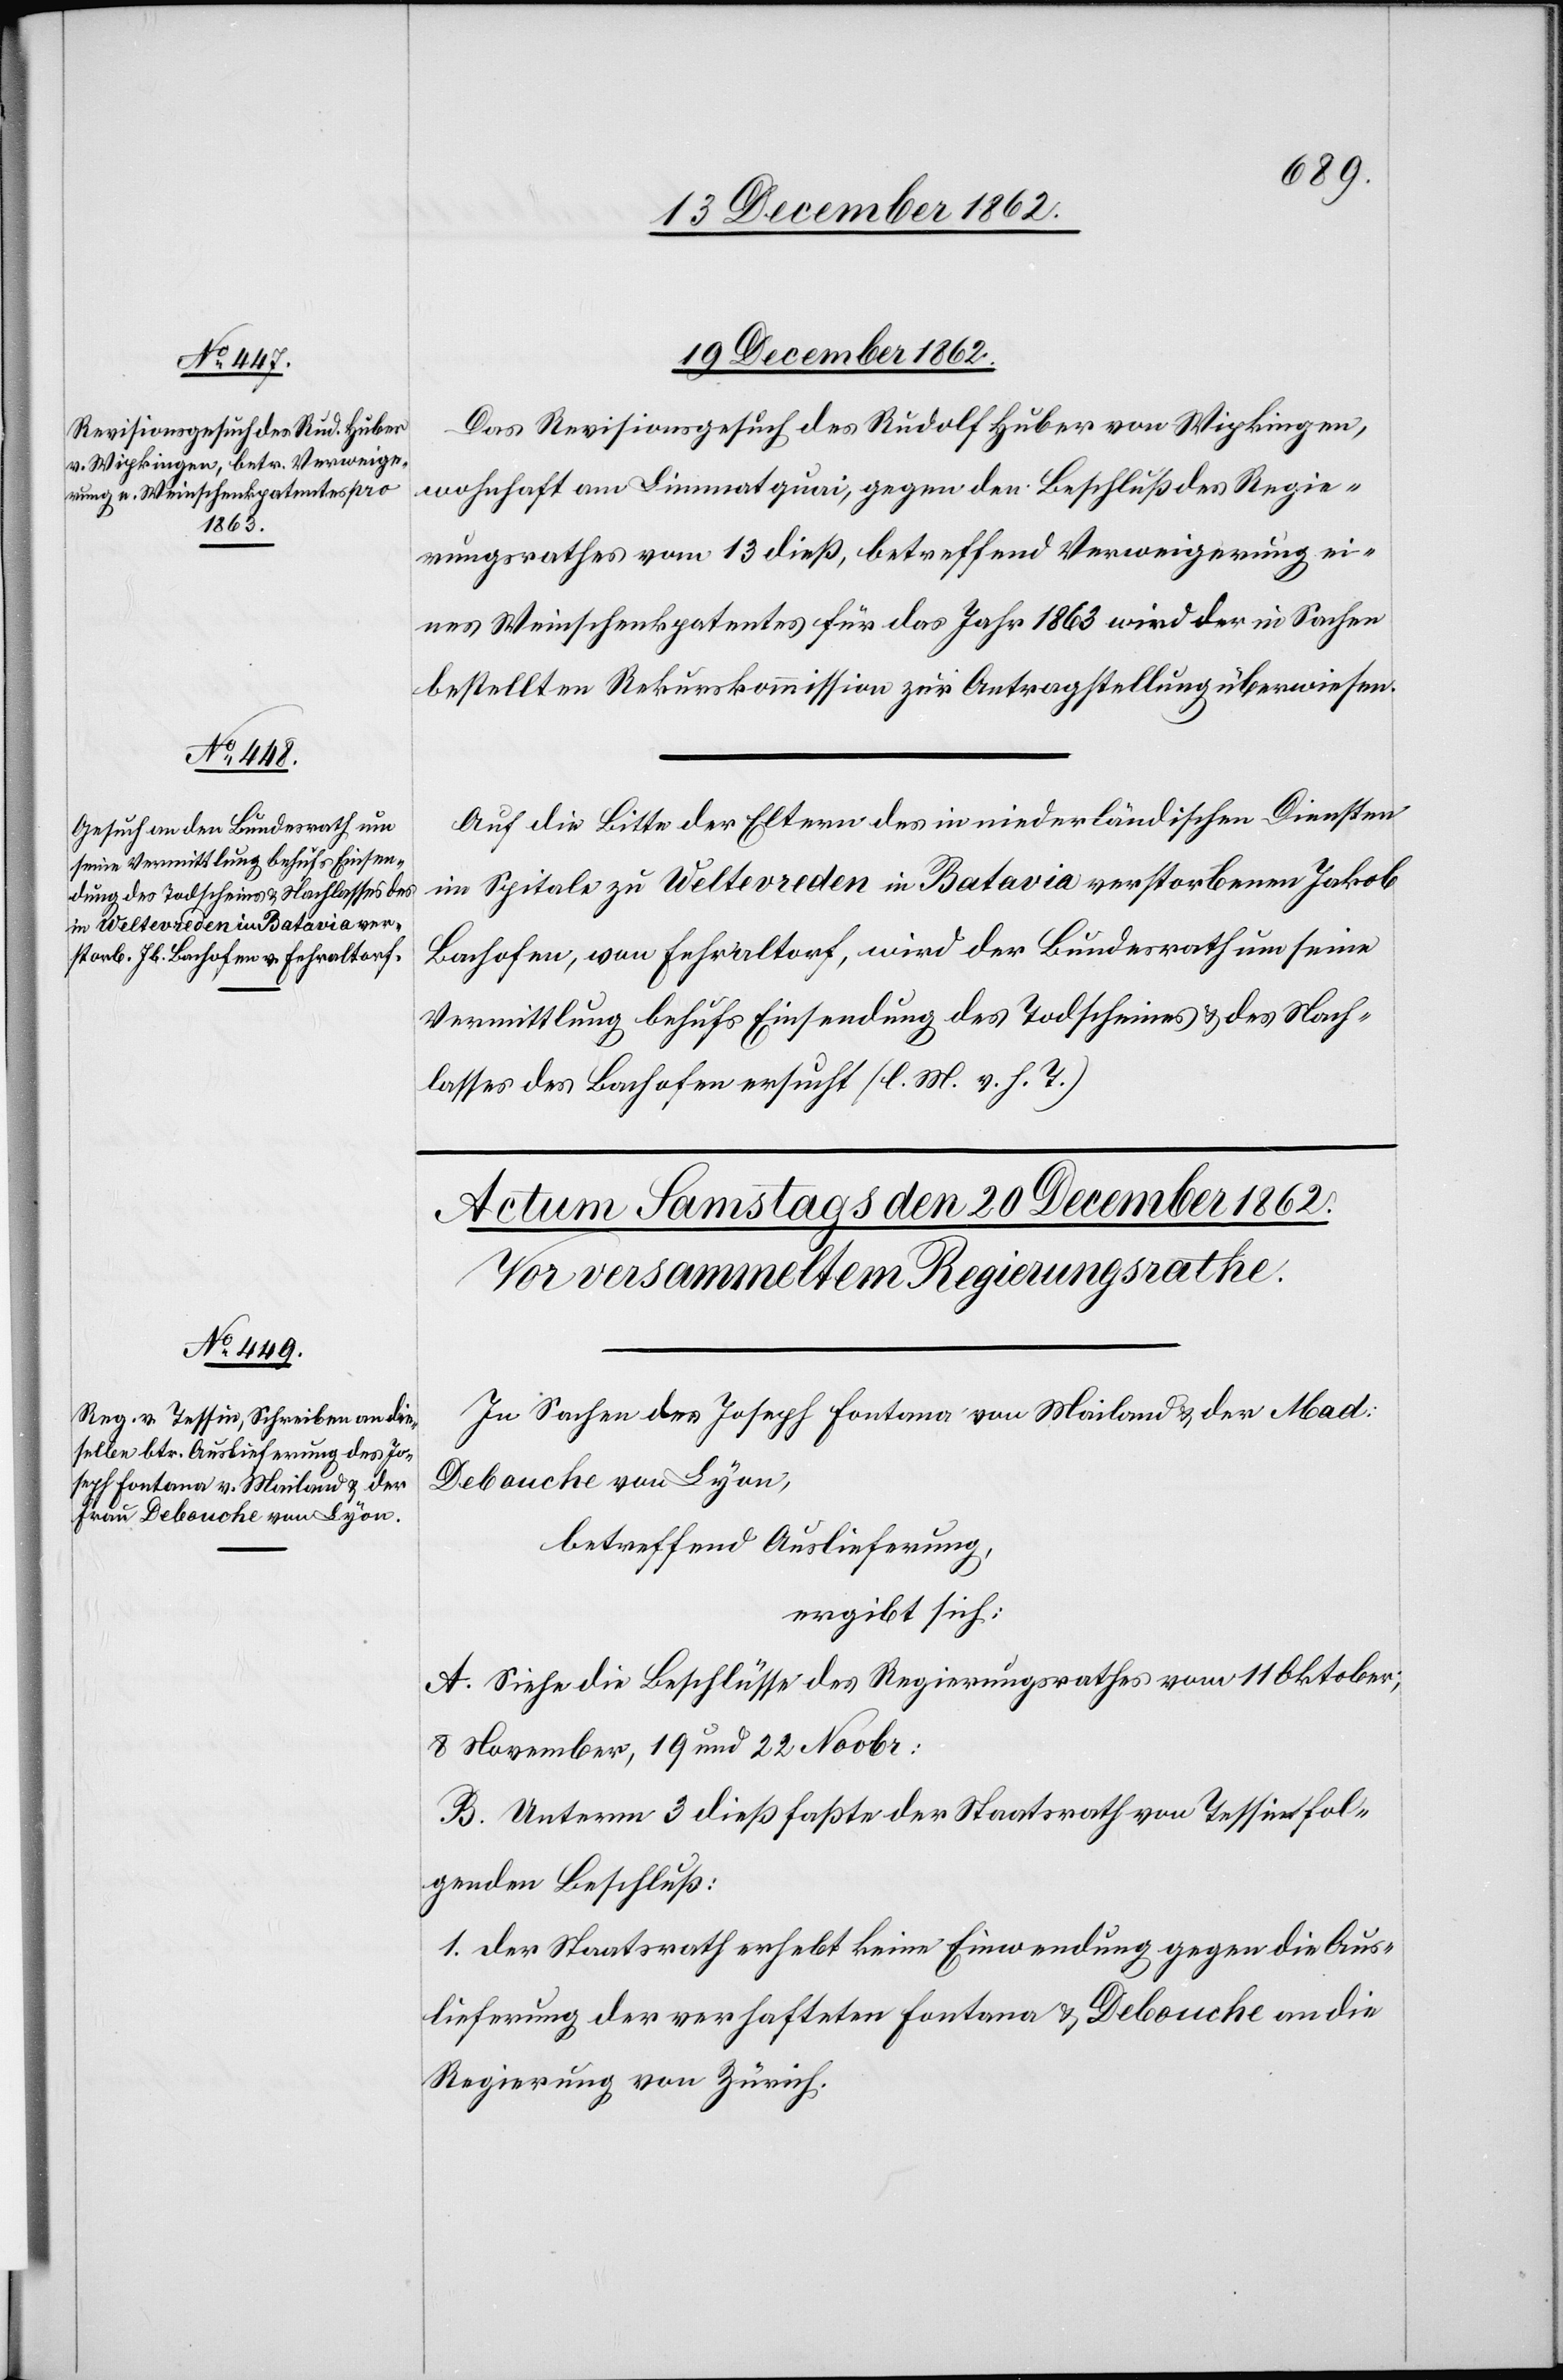
19. December 1862.]
Das Revisionsgesuch des Rudolf Huber von Wipkingen,
wohnhaft am Limmatquai, gegen den Beschluß des Regie¬
rungsrathes vom 13. dieß, betreffend Verweigerung ei¬
nes Weinschenkpatentes für das Jahr 1863 wird der in Sachen
bestellten Rekurskommission zur Antragstellung überwiesen.
Auf die Bitte der Eltern des in niederländischen Diensten
im Spitale Weltevreden in Batavia verstorbenen Jakob
Bachofen, von Fehraltorf, wird der Bundesrath um seine
Vermittlung behufs Einsendung des Todscheines u. des Nach¬
lasses des Bachofen ersucht. (l. M. v. h. T.)
In Sachen des Joseph Fontana von Mailand u. der Mad:
Debouche von Lyon,
betreffend Auslieferung,
ergibt sich:
A. Siehe die Beschlüsse des Regierungsrathes vom 11. Oktober,
8. November, 19. und 22. Novbr:
B. Unterm 3. dieß faßte der Staatsrath von Tessin fol¬
genden Beschluß:
1. Der Staatsrath erhebt keine Einwendung gegen die Aus¬
lieferung der verhafteten Fontana u. Debouche an die
Regierung von Zürich.